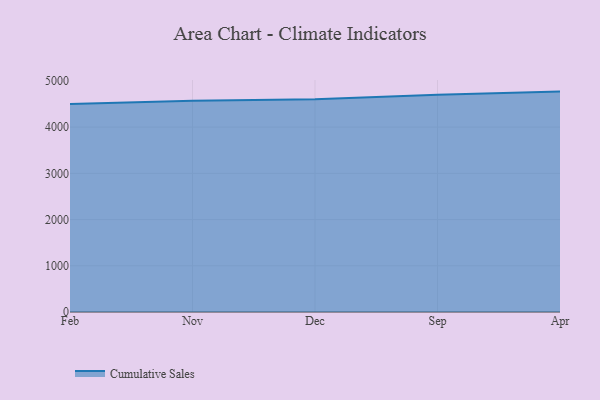
{"axis": {"x": "Month", "y": "Operating Costs (USD K)"}, "legend": ["Cumulative Sales"], "data": [{"x": "Feb", "y": 4497.6, "type": "Cumulative Sales"}, {"x": "Nov", "y": 4570.2, "type": "Cumulative Sales"}, {"x": "Dec", "y": 4601.9, "type": "Cumulative Sales"}, {"x": "Sep", "y": 4700.2, "type": "Cumulative Sales"}, {"x": "Apr", "y": 4768.4, "type": "Cumulative Sales"}]}